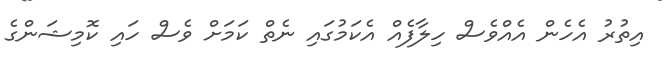
އިތުރު އެހެން އެއްވެސް ހިލާފެއް އެކަމުގައި ނެތް ކަމަށް ވެސް ހައި ކޮމިޝަންގެ